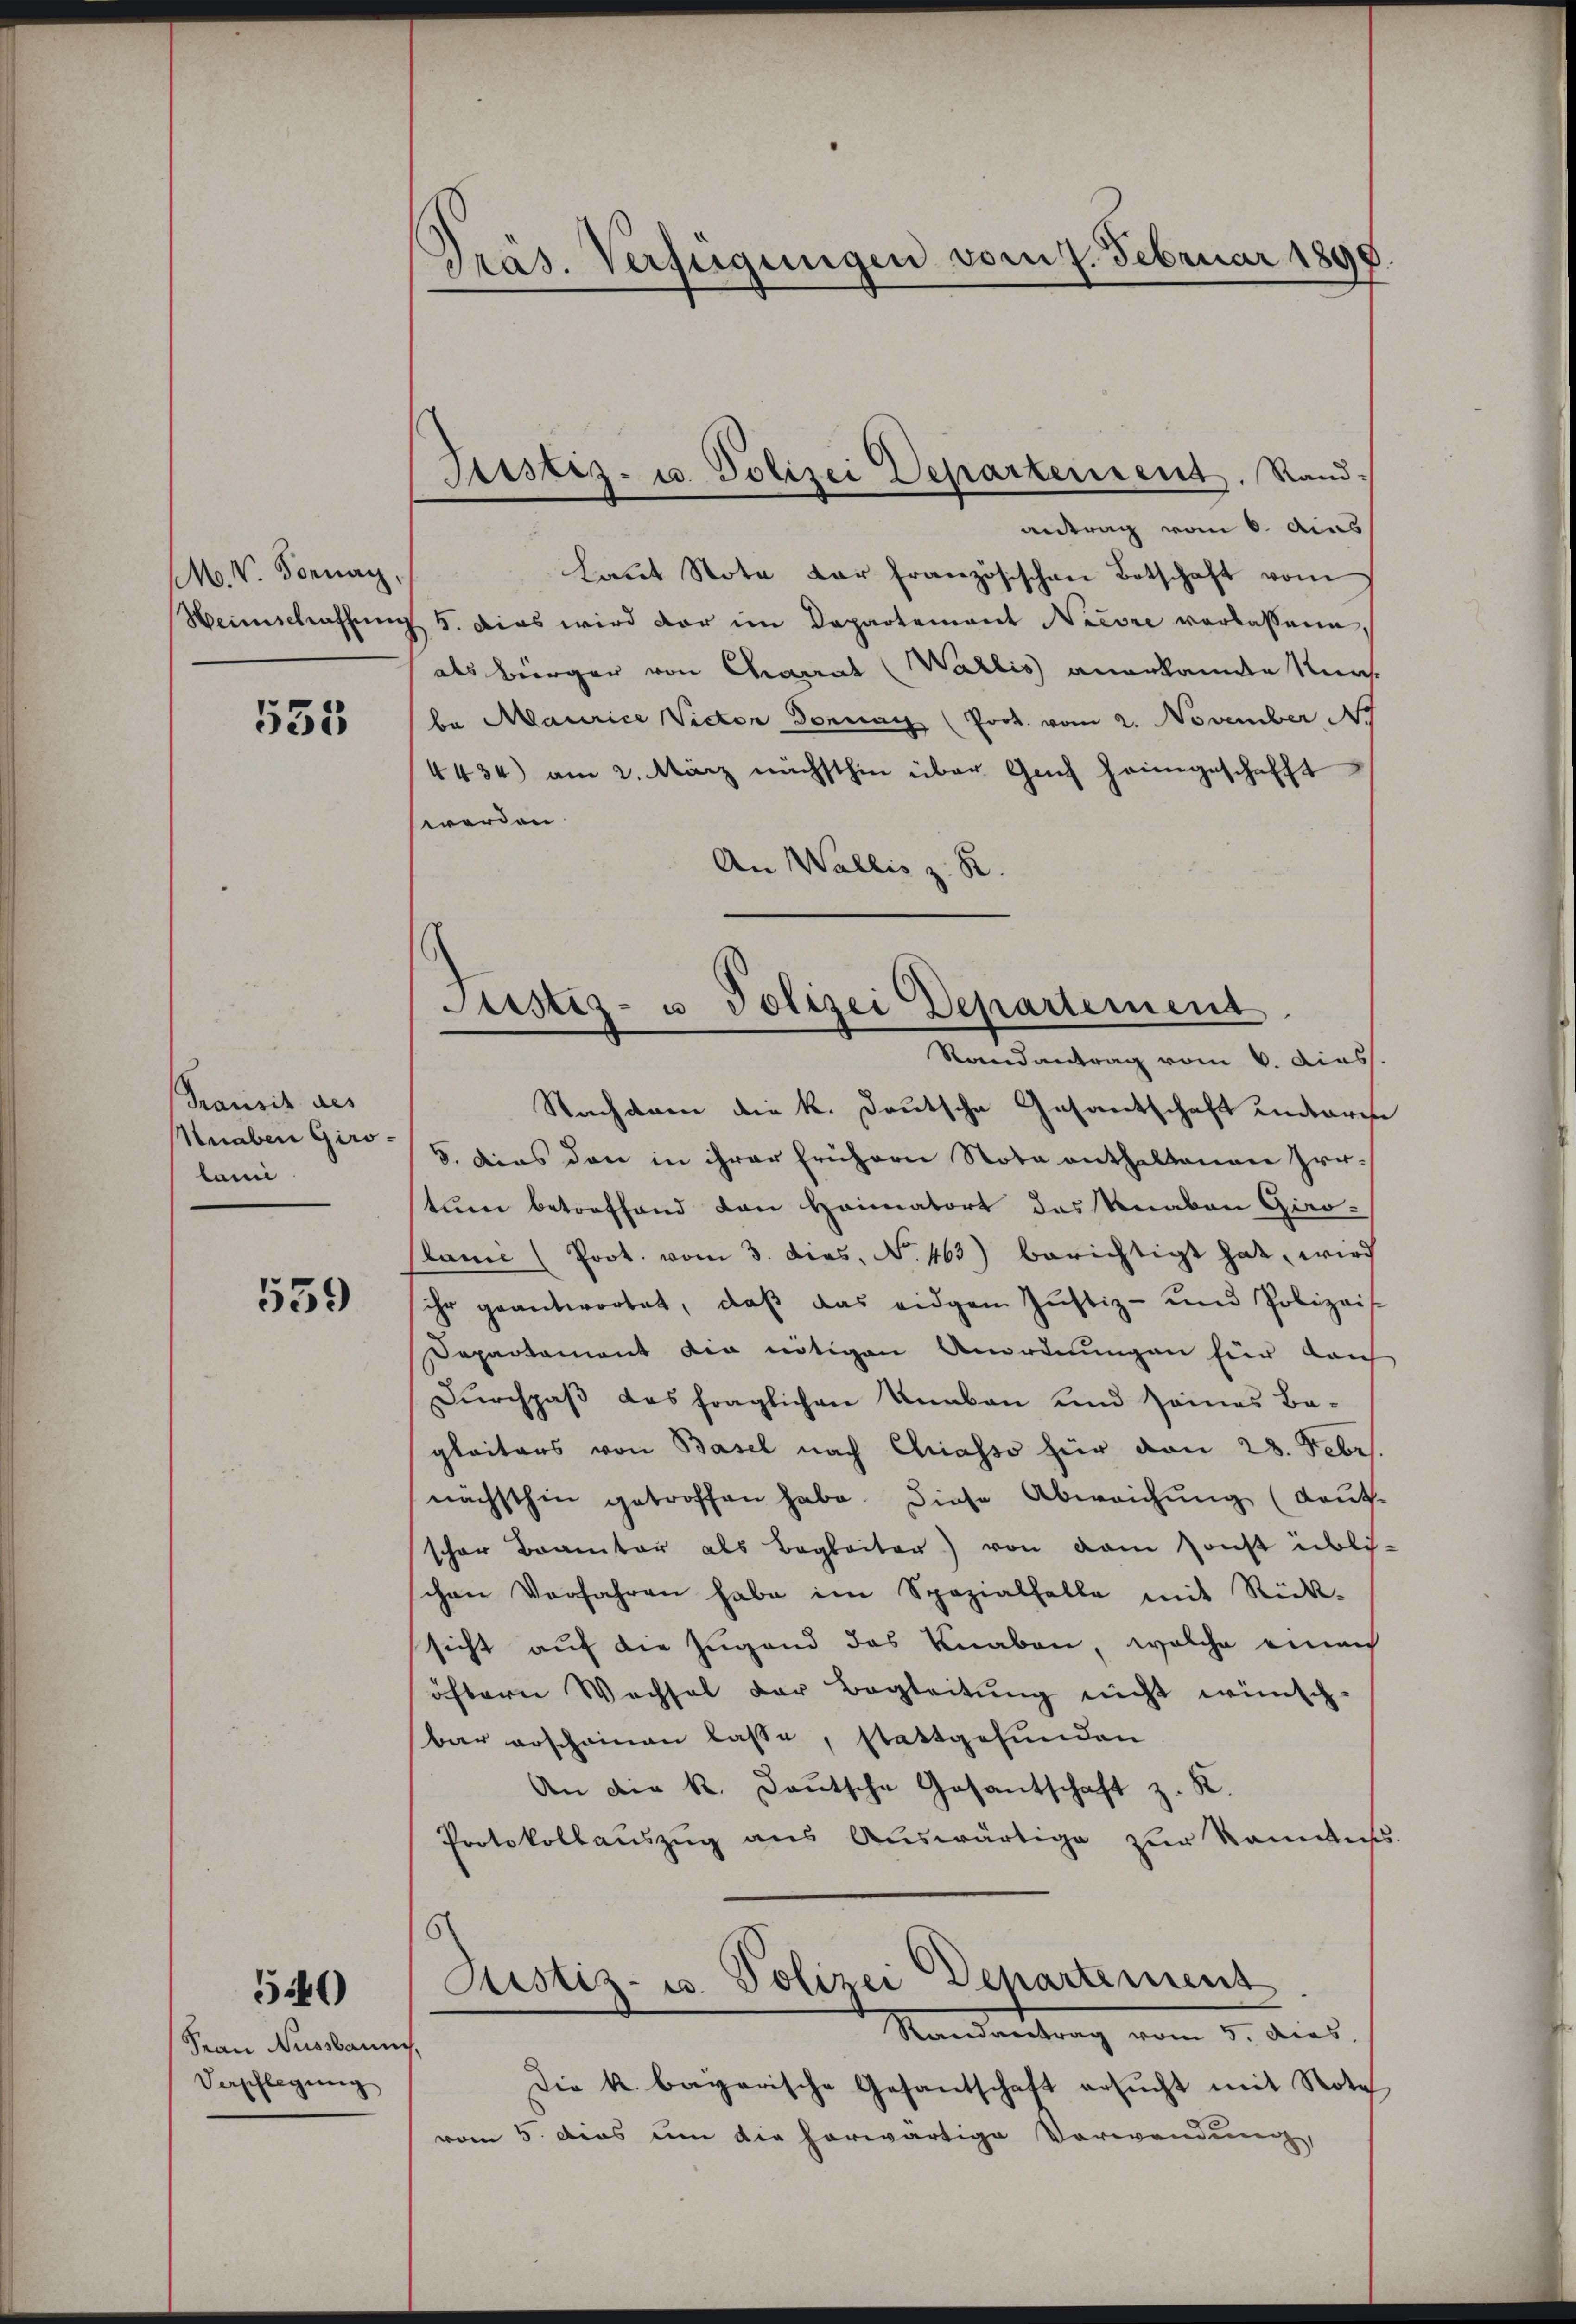
M. V. Fornay,

535

Transit des
Knaben Giro-
lai

539

540

Sean Nussbaumes,
Verschlegung

Präs. Verfügungen vom 7. Februar 1890.

Justiz- u. Polizei Departement. Sand¬

Justiz- u Polizei Departement
Randantrag vom 6. dies

antrag vom 6. Aus
Laut Note dar französischen Botschaft vom
Weinschaffung 5. dies wird der im Departement Niesse verlassene,
als Bürger von Charrat (Wallis anerkannte Nach-
be Maurice Victor Dornach (Prot. vom 2. November 17
4434) am 2. März nächsthin über Geich heimgeschafft
werden
An Wallis z. B.
Nachdem die k. Deutsche Gesantschaft undarise
5. Dies den in ihrer frühern Note enthaltenen Zertum betreffend den Heimatort des Knaben Giro-
slami (Prot. vom 3. dies. N. 463) berichtigt hat, wird
ihr geantwortet, daβ das eidgen Justiz- und Polizeis
Departament die nötigen Anordnungen für Laich
Durchpaß das fraglichen Knaben und seines Bagleiters von Basel nach Chiasso hier von 28. Febr
nächsthin getroffen habe. Diese Abweichung (deut-
scher Brautor als Begleiter) von dem sonst übli-
chen Verfahren habe im Spezialfalle mit Rück-
sicht auf die Jugend das Knaben, welche einen
öftern Wechsel der Begleitŭng nicht wünsch-
bar erscheinen lasse, stattgefunden
An die k. Deutsche Gesantschaft z. K.
Protokollauszug aus Auswärtige zur Kommiss
Justiz- u. Polizei Departement
Randantrag vom 5. dies
Die k. bayerische Gesandschaft ersŭcht mit Note
vom 5. dies um die herwärtige Verwendung